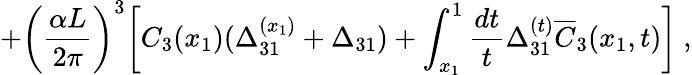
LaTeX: +\biggl(\frac{\alpha L}{2\pi}\biggr)^{3}\biggl[C_{3}(x_{1})(\Delta_{31}^{(x_{1})}+\Delta_{31})+\int_{x_{1}}^{1}\frac{dt}{t}\Delta_{31}^{(t)}\overline{{C}}_{3}(x_{1},t)\biggr]\ ,